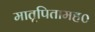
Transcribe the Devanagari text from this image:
मातृपितामह०